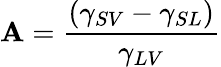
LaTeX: \mathbf{A}={\frac{{(\gamma_{SV}-\gamma_{SL})}}{{\gamma_{LV}}}}